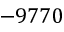
- 9 7 7 0